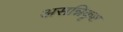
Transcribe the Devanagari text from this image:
असन्निकृष्ट